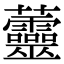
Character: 䖅